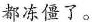
都冻僵了。